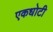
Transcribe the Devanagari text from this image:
एकधोटी